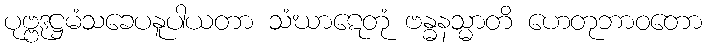
ပုဗ္ဗဒုဋ္ဌမံသခေပနူပါယတာ သံဃာဋေတုံ ဗန္ဓနသ္မာတိ ဟေတုဘာဝတော